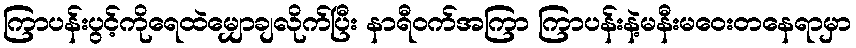
ကြာပန်းပွင့်ကိုရေထဲမျှောချလိုက်ပြီး နာရီဝက်အကြာ ကြာပန်းနဲ့မနီးမဝေးတနေရာမှာ